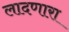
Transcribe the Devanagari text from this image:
लादणारा